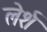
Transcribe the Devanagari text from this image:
लेर्श